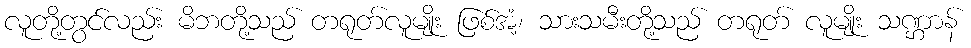
လူတို့တွင်လည်း မိဘတို့သည် တရုတ်လူမျိုး ဖြစ်အံ့၊ သားသမီးတို့သည် တရုတ် လူမျိုး သဏ္ဌာန်